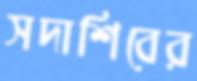
সদাশিবের